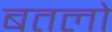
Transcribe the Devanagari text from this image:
बतलो